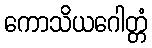
ကောသိယဂေါတ္တံ